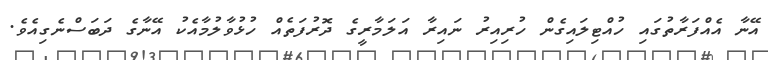
އޭނާ އެއްފަރާތުގައި ހުއްޓިލައިގެން ހުރިއިރު ނައިރާ އަލަމާރީގެ ދޮރުފަތެއް ހުޅުވާލުމާއެކު އޭނާގެ ދަބަސްނެގިއެވެ.